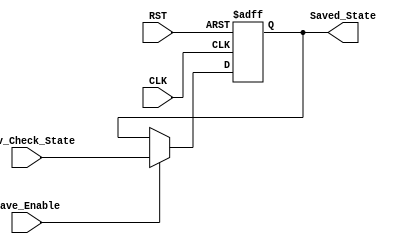
module Save_State_Unit (
    //-------------------------------Input Ports------------------------------------//
    input     wire                  Save_Enable,
    input     wire    [4:0]         Prev_Check_State,
    input     wire                  RST,
    input     wire                  CLK,
    //-------------------------------Output Ports------------------------------------//
    output    reg     [4:0]         Saved_State
);

always @(posedge CLK or negedge RST)
    begin
        if(!RST)
            begin
                Saved_State <= 5'b0_0000;
            end 
        else if (Save_Enable)
            begin
                Saved_State <= Prev_Check_State;
            end
    end

endmodule